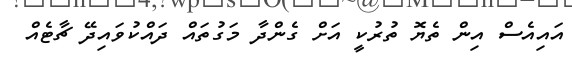
އައިއެސް އިން ތެޔޮ ތުރުކީ އަށް ގެންދާ މަގުތައް ދައްކުވައިދޭ ޗާޓެއް